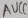
Text: AUCC